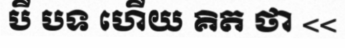
បី បទ ហើយ គិត ថា <<